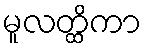
မူလတ္ထိကာ